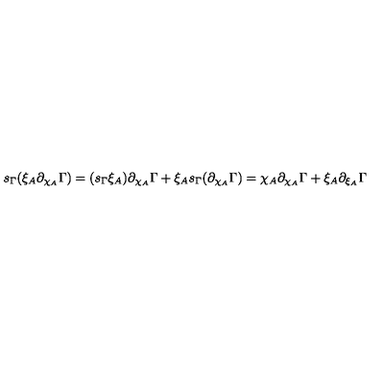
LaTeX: s _ { \Gamma } ( \xi _ { A } \partial _ { \chi _ { A } } \Gamma ) = ( s _ { \Gamma } \xi _ { A } ) \partial _ { \chi _ { A } } \Gamma + \xi _ { A } s _ { \Gamma } ( \partial _ { \chi _ { A } } \Gamma ) = \chi _ { A } \partial _ { \chi _ { A } } \Gamma + \xi _ { A } \partial _ { \xi _ { A } } \Gamma